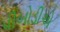
પીબોડીએ